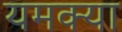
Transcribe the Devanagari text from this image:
यमक्या